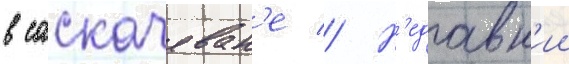
в саскачеван'е // Н'едавн'ии